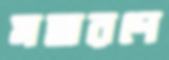
মহারণে